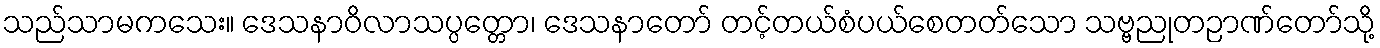
သည်သာမကသေး။ ဒေသနာဝိလာသပ္ပတ္တော၊ ဒေသနာတော် တင့်တယ်စံပယ်စေတတ်သော သဗ္ဗညုတဉာဏ်တော်သို့